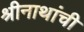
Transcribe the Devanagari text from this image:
श्रीनाथांची